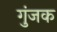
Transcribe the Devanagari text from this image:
गुंजक